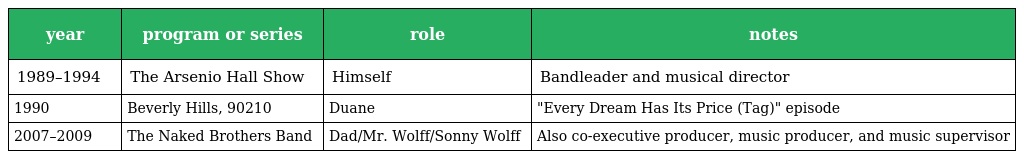
| year | program or series | role | notes |
 | --- | --- | --- | --- |
 | 1989–1994 | The Arsenio Hall Show | Himself | Bandleader and musical director |
 | 1990 | Beverly Hills, 90210 | Duane | "Every Dream Has Its Price (Tag)" episode |
 | 2007–2009 | The Naked Brothers Band | Dad/Mr. Wolff/Sonny Wolff | Also co-executive producer, music producer, and music supervisor |